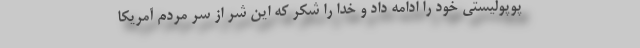
پوپولیستی خود را ادامه داد و خدا را شکر که این شر از سر مردم آمریکا